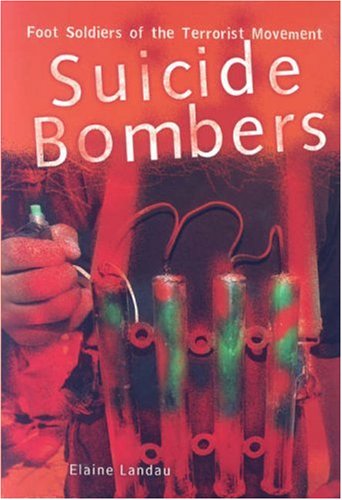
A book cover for Suicide Bombers: Foot Soldiers of the Terrorist Movement; Elaine Landau; Teen & Young Adult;